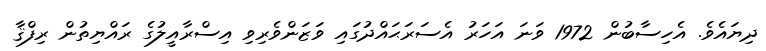
ދިޔައެވެ. އެހިސާބުން 1972 ވަނަ އަހަރު އެސަރަޙައްދުގައި ވަޒަންވެރިވި އިސްރާއީލުގެ ރައްޔިތުން ރިފްޤާ